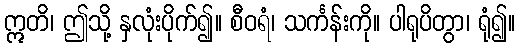
ဣတိ၊ ဤသို့ နှလုံးပိုက်၍။ စီဝရံ၊ သင်္ကန်းကို။ ပါရုပိတွာ၊ ရုံ၍။